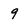
Character: 9